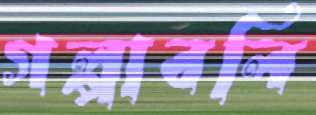
গল্পাবলি